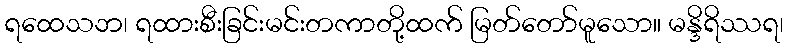
ရထေသဘ၊ ရထားစီးခြင်းမင်းတကာတို့ထက် မြတ်တော်မူသော။ မန္ဒိရိဿရ၊